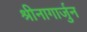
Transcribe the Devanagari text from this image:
श्रीनागार्जुन